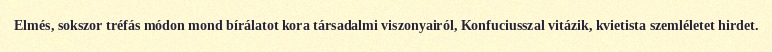
Elmés, sokszor tréfás módon mond bírálatot kora társadalmi viszonyairól, Konfuciusszal vitázik, kvietista szemléletet hirdet.